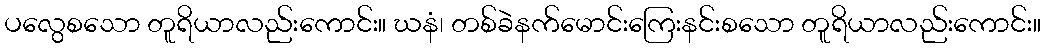
ပလွေစသော တူရိယာလည်းကောင်း။ ဃနံ၊ တစ်ခဲနက်မောင်းကြေးနင်းစသော တူရိယာလည်းကောင်း။